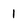
Character: 1